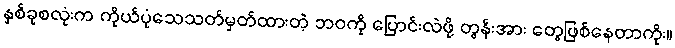
နှစ်ခုစလုံးက ကိုယ်ပုံသေသတ်မှတ်ထားတဲ့ ဘဝကို ပြောင်းလဲဖို့ တွန်းအား တွေဖြစ်နေတာကိုး။